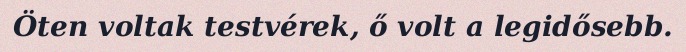
Öten voltak testvérek, ő volt a legidősebb.